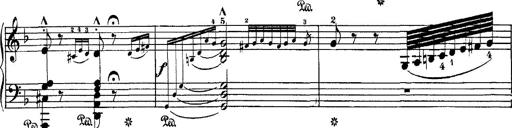
Title: Hungarian Rhapsody No.7
Composer: Franz Liszt
Key: D minor